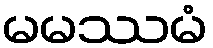
မမဿမံ